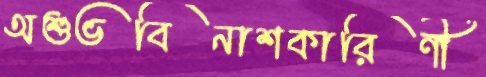
অশুভবিনাশকারিণী